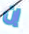
إن